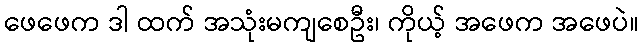
ဖေဖေက ဒါ ထက် အသုံးမကျစေဦး၊ ကိုယ့် အဖေက အဖေပဲ။